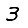
Digit: 3